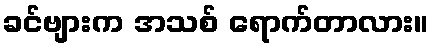
ခင်ဗျားက အသစ် ရောက်တာလား။